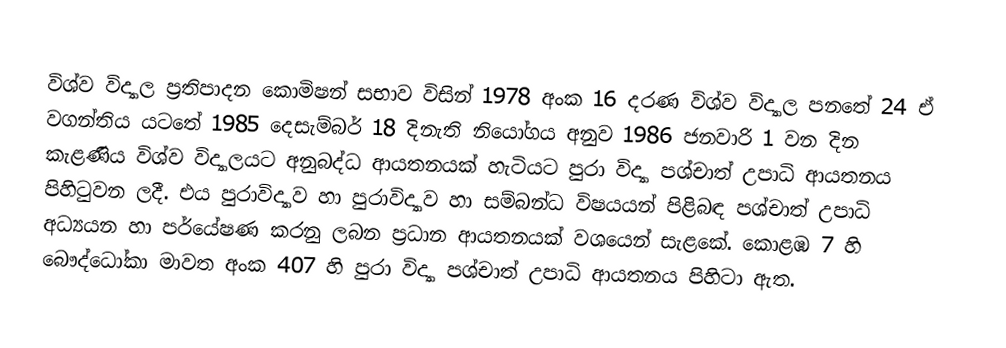
විශ්ව විද්‍යාල ප්‍රතිපාදන කොමිෂන් සභාව විසින් 1978 අංක 16 දරණ විශ්ව විද්‍යාල පනතේ 24 ඒ වගන්තිය යටතේ 1985 දෙසැම්බර් 18 දිනැති නියෝගය අනුව 1986 ජනවාරි 1 වන දින කැළණිය විශ්ව විද්‍යාලයට අනුබද්ධ ආයතනයක් හැටියට පුරා විද්‍යා පශ්චාත් උපාධි  ආයතනය   පිහිටුවන ලදී. එය පුරාවිද්‍යාව හා පුරාවිද්‍යාව හා සම්බන්ධ විෂයයන් පිළිබඳ පශ්චාත් උපාධි අධ්‍යයන හා පර්යේෂණ කරනු ලබන ප්‍රධාන ආයතනයක් වශයෙන් සැළකේ.  කොළඹ 7 හි බෞද්ධෝකා මාවත අංක 407 හි  පුරා විද්‍යා පශ්චාත් උපාධි ආයතනය පිහිටා ඇත.